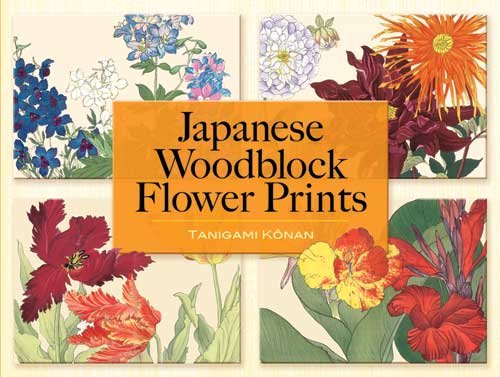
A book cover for Japanese Woodblock Flower Prints (Dover Fine Art, History of Art); Tanigami KÃ´nan; Arts & Photography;